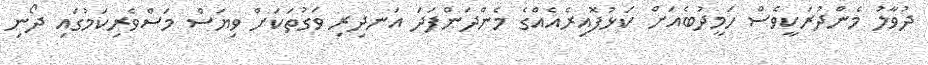
ދުވާލު މެންދުރަކީވެސް ހަމީދުބެއަށް ކަޅުފޮއިރެއެއްގެ މެންދަންފަދަ އަނދިރި ވަގުތަކަށް ވިޔަސް މަސްވެރިކަމުގައި ދޯނި